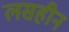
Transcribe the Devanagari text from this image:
लसहीन